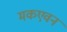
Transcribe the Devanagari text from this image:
मकएवन